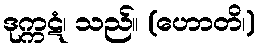
ဒုက္ကဋံ၊ သည်။ (ဟောတိ၊)